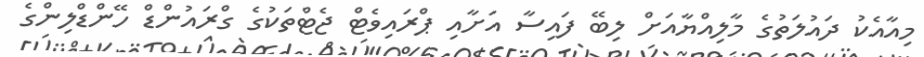
މިއާއެކު ދައުލަތުގެ މާލިއްޔާއަށް ލިބޭ ފައިސާ އަށާއި ޕްރައިވެޓް ޖެޓްތަކުގެ ގްރައުންޑް ހޭންޑްލިންގެ